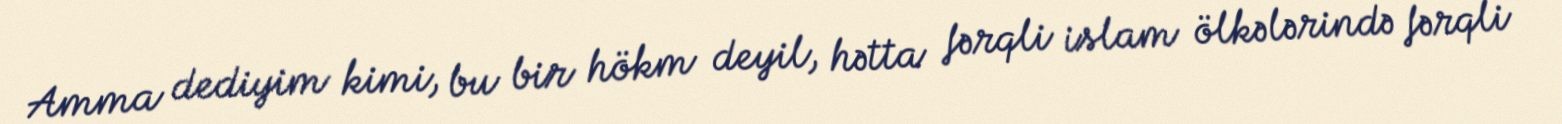
Amma dediyim kimi, bu bir hökm deyil, hətta fərqli islam ölkələrində fərqli